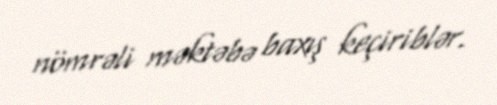
nömrəli məktəbə baxış keçiriblər.